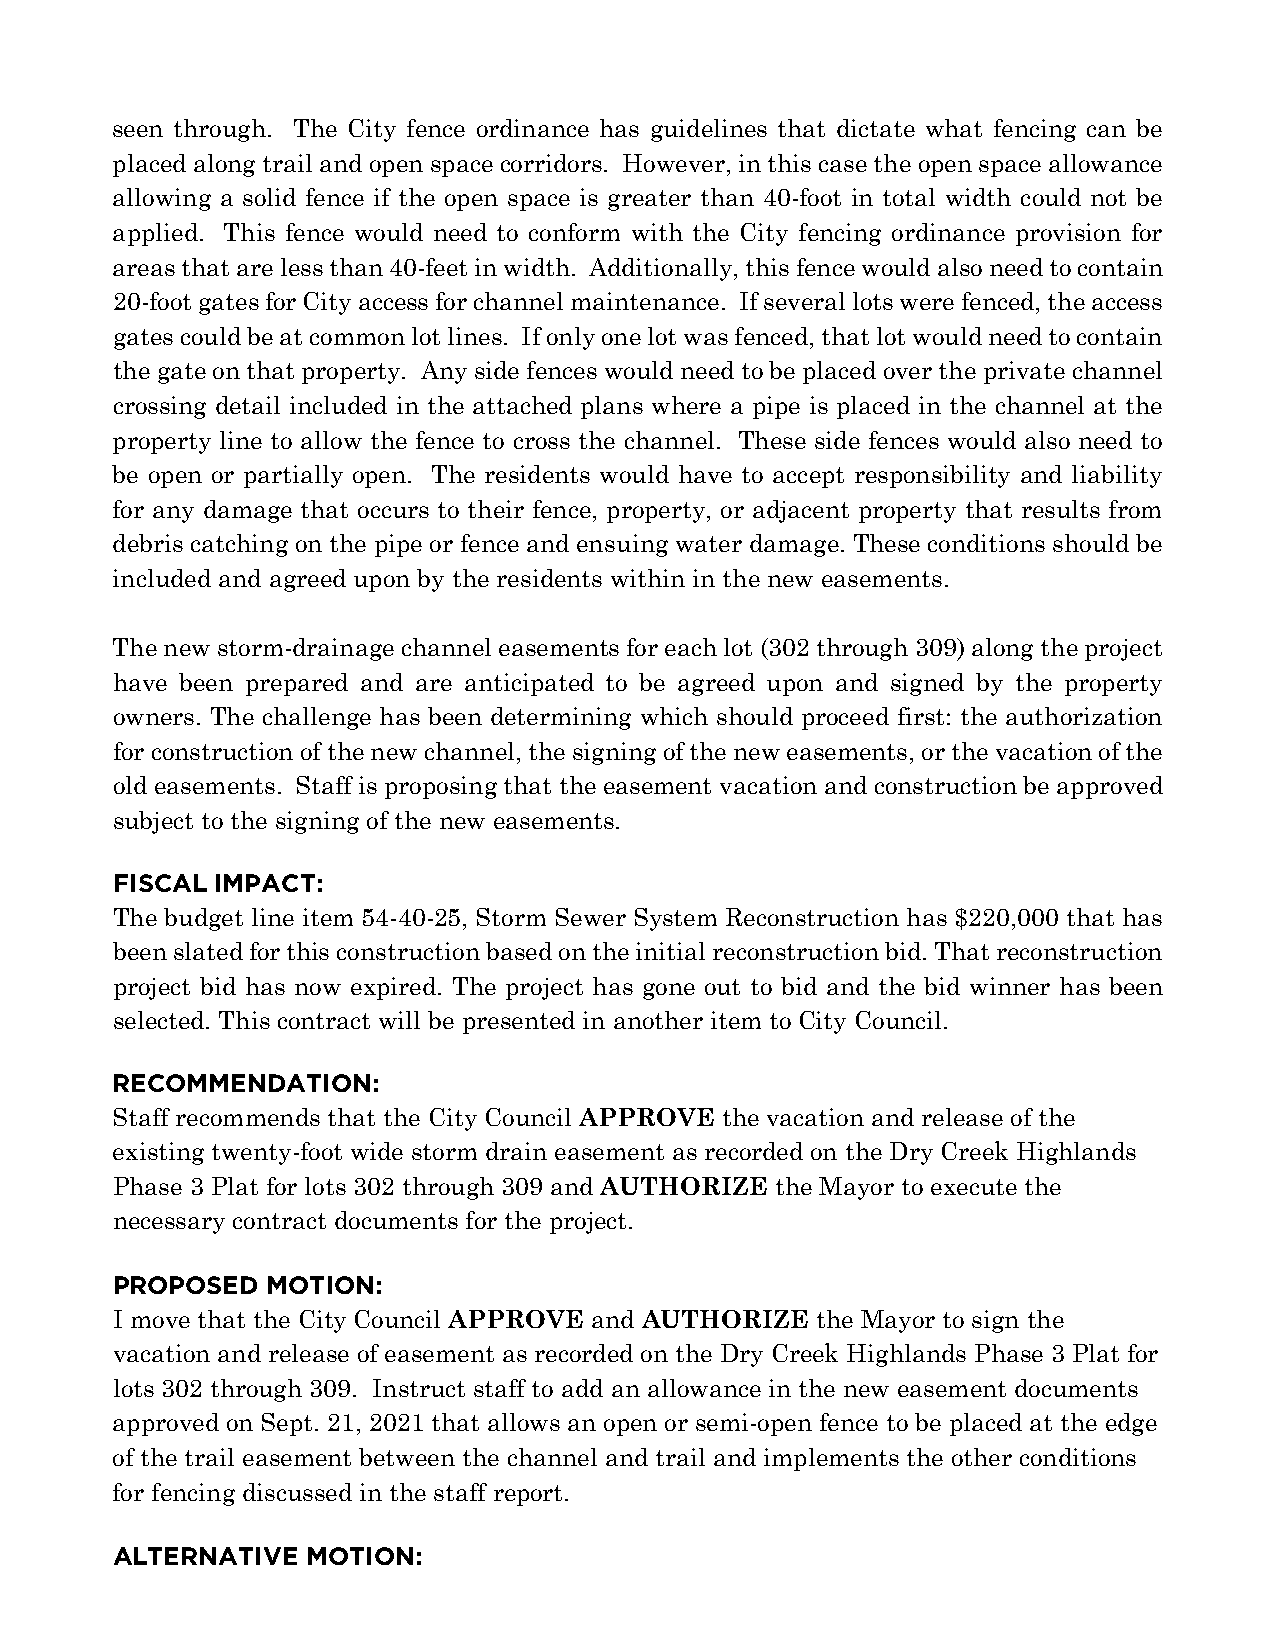
seen through. The City fence ordinance has guidelines that dictate what fencing can be
 placed along trail and open space corridors. However, in this case the open space allowance
 allowing a solid fence if the open space is greater than 40-foot in total width could not be
 applied. This fence would need to conform with the City fencing ordinance provision for
 areas that are less than 40-feet in width. Additionally, this fence would also need to contain
 20-foot gates for City access for channel maintenance. If several lots were fenced, the access
 gates could be at common lot lines. If only one lot was fenced, that lot would need to contain
 the gate on that property. Any side fences would need to be placed over the private channel
 crossing detail included in the attached plans where a pipe is placed in the channel at the
 property line to allow the fence to cross the channel. These side fences would also need to
 be open or partially open. The residents would have to accept responsibility and liability
 for any damage that occurs to their fence, property, or adjacent property that results from
 debris catching on the pipe or fence and ensuing water damage. These conditions should be
 included and agreed upon by the residents within in the new easements.
 The new storm-drainage channel easements for each lot (302 through 309) along the project
 have been prepared and are anticipated to be agreed upon and signed by the property
 owners. The challenge has been determining which should proceed first: the authorization
 for construction of the new channel, the signing of the new easements, or the vacation of the
 old easements. Staff is proposing that the easement vacation and construction be approved
 subject to the signing of the new easements.
 FISCAL IMPACT:
 The budget line item 54-40-25, Storm Sewer System Reconstruction has $220,000 that has
 been slated for this construction based on the initial reconstruction bid. That reconstruction
 project bid has now expired. The project has gone out to bid and the bid winner has been
 selected. This contract will be presented in another item to City Council.
 RECOMMENDATION:
 Staff recommends that the City Council APPROVE the vacation and release of the
 existing twenty-foot wide storm drain easement as recorded on the Dry Creek Highlands
 Phase 3 Plat for lots 302 through 309 and AUTHORIZE the Mayor to execute the
 necessary contract documents for the project.
 PROPOSED   MOTION:
 I move that the City Council APPROVE and AUTHORIZE the Mayor to sign the
 vacation and release of easement as recorded on the Dry Creek Highlands Phase 3 Plat for
 lots 302 through 309. Instruct staff to add an allowance in the new easement documents
 approved on Sept. 21, 2021 that allows an open or semi-open fence to be placed at the edge
 of the trail easement between the channel and trail and implements the other conditions
 for fencing discussed in the staff report.
 ALTERNATIVE  MOTION: